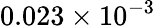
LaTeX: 0.023\times 10^{-3}